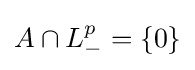
A\cap L_{-}^{p}=\{0\}